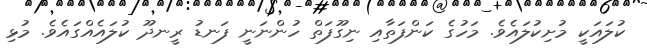
ކުލައަކީ މުށިކުލައެވެ. މަހުގެ ކަންފަތާއި ނިގޫފަތް ހުންނަނީ ފަނޑު ރީނދޫ ކުލައެއްގައެވެ. މުޅި